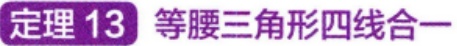
定理 13 等腰三角形四线合一